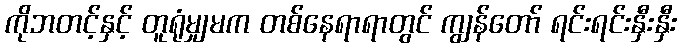
ကိုဘတင့်နှင့် တူရုံမျှမက တစ်နေရာရာတွင် ကျွန်တော် ရင်းရင်းနှီးနှီး